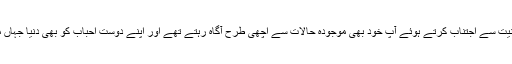
جس ہستی سے حقیقی رابطہ برقرار ہونے کے بعد کبھی یہ رابطہ ٹوٹنے کا نام نہیں لیتا‛ وہیں رہبانیت سے اجتناب کرتے ہوئے آپ خود بھی موجودہ حالات سے اچھی طرح آگاہ رہتے تھے اور اپنے دوست احباب کو بھی دنیا جہاں میں رونما ہونے والی نت نئی تبدیلیوں کے بارے میں خصوصی نظر رکھنے کا مشورہ دیتے تھے۔